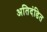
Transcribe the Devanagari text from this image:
अतिदंडित